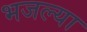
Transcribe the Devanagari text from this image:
भजल्या